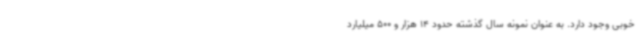
خوبی وجود دارد. به عنوان نمونه سال گذشته حدود 14 هزار و 500 میلیارد